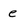
Character: e